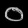
Digit: ၀